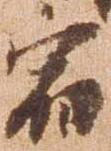
宿